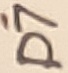
Text: D7